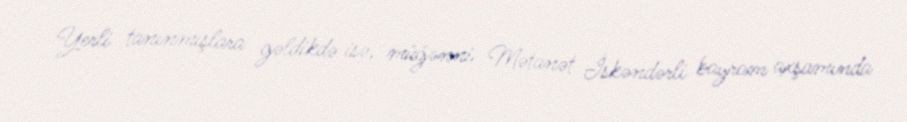
Yerli tanınmışlara gəldikdə isə, müğənni Mətanət İskəndərli bayram axşamında